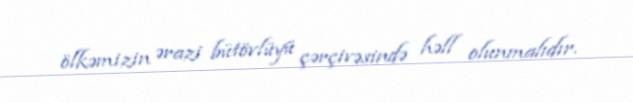
ölkəmizin ərazi bütövlüyü çərçivəsində həll olunmalıdır.